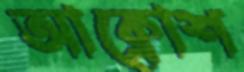
আক্রোশ